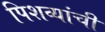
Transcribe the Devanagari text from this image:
पिशव्यांची